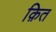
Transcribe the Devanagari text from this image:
क़ित